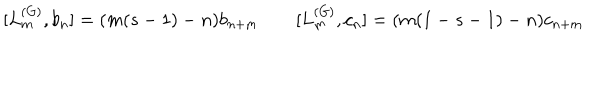
[ L _ { m } ^ { ( G ) } , b _ { n } ] = ( m ( s - 1 ) - n ) b _ { n + m } \qquad [ L _ { m } ^ { ( G ) } , c _ { n } ] = ( m ( 1 - s - 1 ) - n ) c _ { n + m }